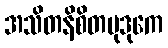
အသိတနိစိတမုဒုကေ